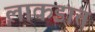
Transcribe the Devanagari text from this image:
लाकडात